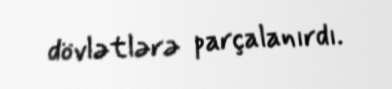
dövlətlərə parçalanırdı.